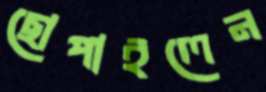
ছোপাইলেন